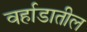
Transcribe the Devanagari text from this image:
वर्हाडातील